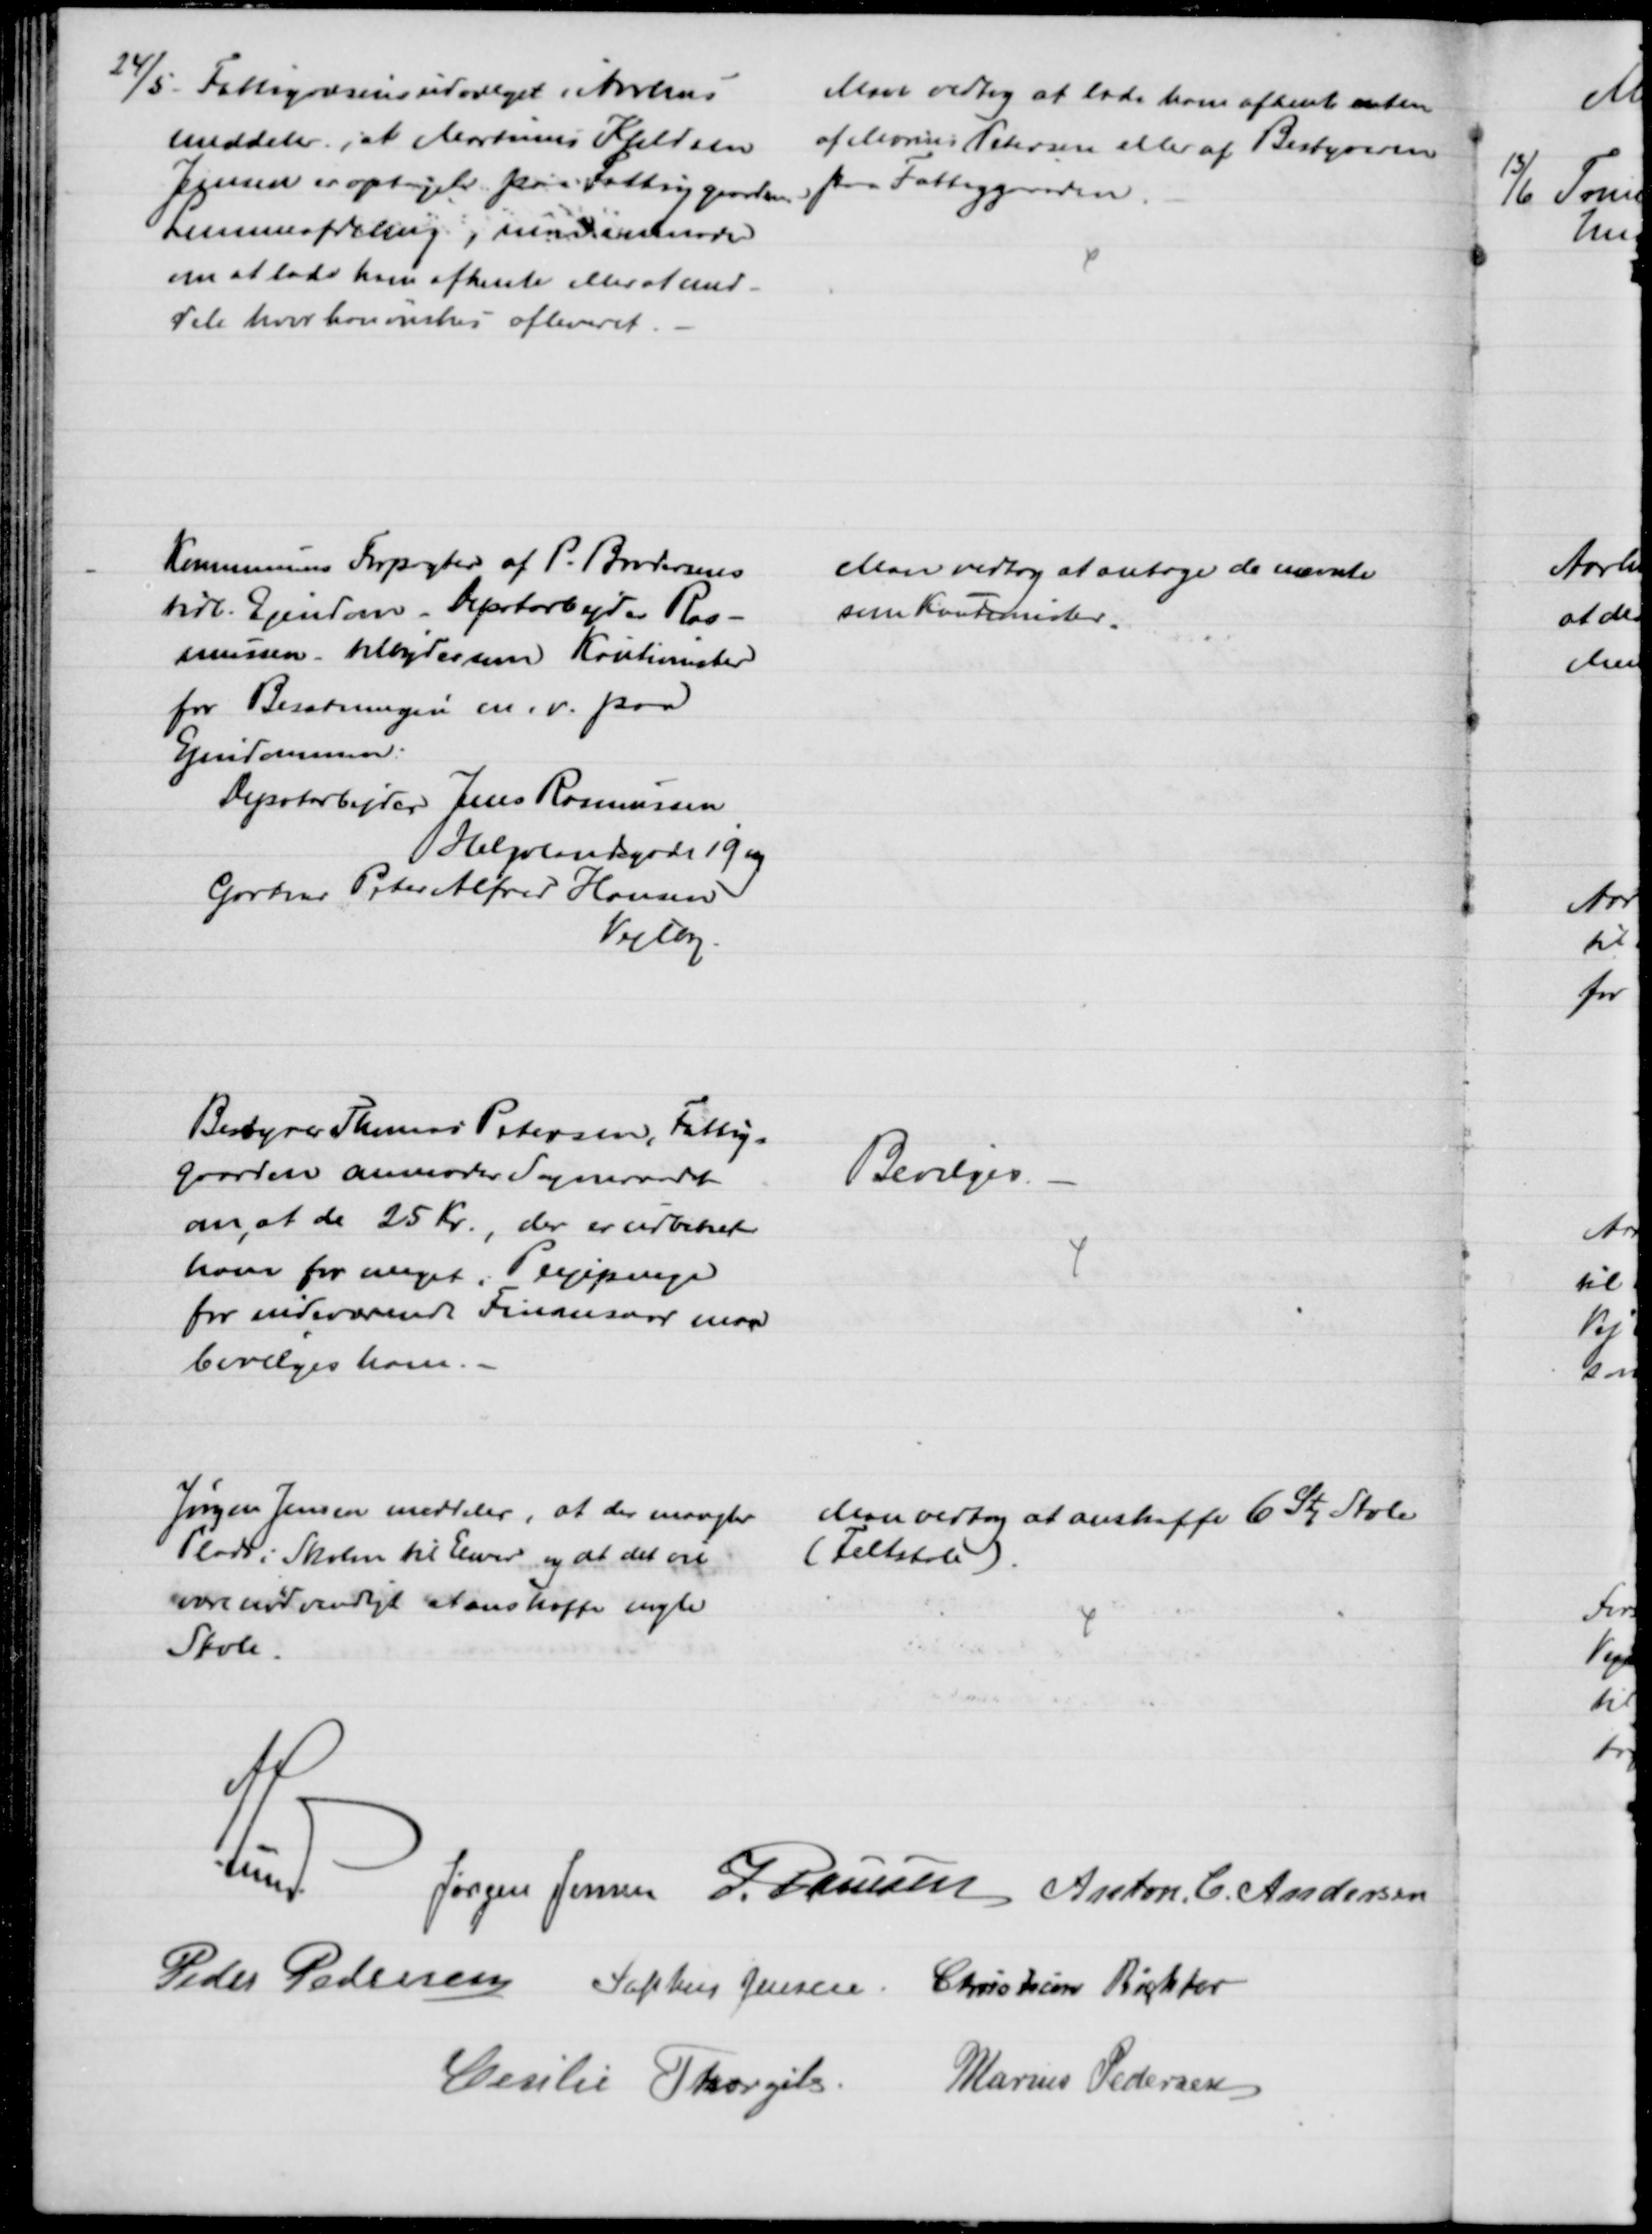
Transskription:
24/5 Fattigvæsensudvalget i Aarhus
meddeler, at Martinus Kjeldsen
Jensen er optaget paa Fattiggaardens
Lemmeafdeling, man anmoder
om at lade ham afhente eller at med-
dele hvor han ønskes afleveret.
Man vedtog at lade ham afhente enten
af Marius Petersen eller af Bestyreren
paa Fattiggaarden.
Kommunens Forpagter af P. Brodersens
tidl. Ejendom - Depotarbejder Ras-
mussen tilbyder som Kautionister
for Besætningen m.v. paa
Ejendommen:
Depotarbejder Jens Rasmussen
Helgolandsgade 19 og
Gartner Peter Alfred Hansen
Vejlby.
Man vedtog at antage de nævnte
som Kautionister.
Bestyrer Thomas Petersen, Fattig=
gaarden anmoder Sogneraadet
om, at de 25 Kr., der er udbetalt
ham for meget i Plejepenge
for indeværende Finansaar maa
bevilges ham.
Bevilges.
Jørgen Jensen meddeler, at der mangler
Plads i Skolen til Elever og at det vil
være nødvendigt at anskaffe nogle
Stole.
Man vedtog at anskaffe 6 Stk Stole
(Feltstole).
A. Lund.
Jørgen Jensen J. Poulsen Anton C. Andersen
Peder Pedersen Sophus Jensen Christian Richter
Cecilie Thorgils Marius Pedersen